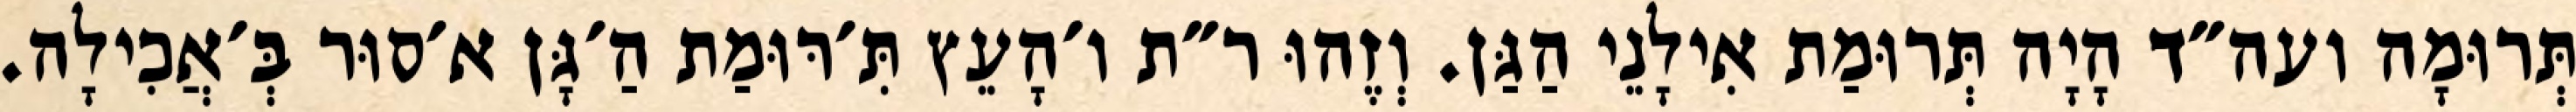
תְּרוּמָה ועה״ד הָיָה תְּרוּמַת אִילָנֵי הַגַּן. וְזֶהוּ ר״ת ו׳הָעֵץ תִּ׳רּוּמַת הַ׳גָּן א׳סוּר בְּ׳אֲכִילָה.